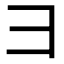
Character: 彐